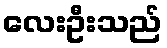
လေးဦးသည်